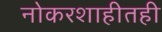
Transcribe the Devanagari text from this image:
नोकरशाहीतही